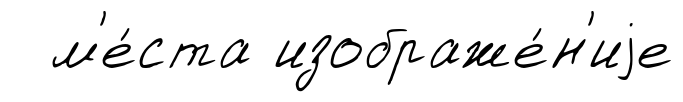
м'е́ста изображе́н'иjе